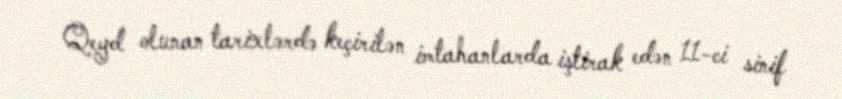
Qeyd olunan tarixlərdə keçirilən imtahanlarda iştirak edən 11-ci sinif